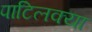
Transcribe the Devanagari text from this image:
पाटिलक्या